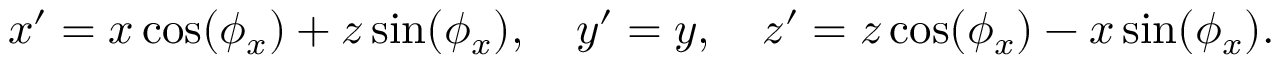
x ^ { \prime } = x \cos ( \phi _ { x } ) + z \sin ( \phi _ { x } ) , \quad y ^ { \prime } = y , \quad z ^ { \prime } = z \cos ( \phi _ { x } ) - x \sin ( \phi _ { x } ) .